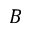
B